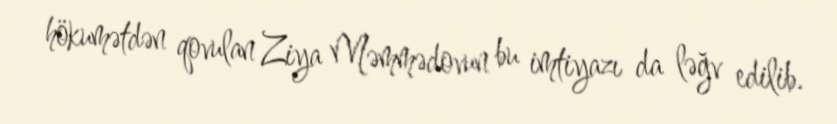
hökumətdən qovulan Ziya Məmmədovun bu imtiyazı da ləğv edilib.